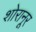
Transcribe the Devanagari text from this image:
शोरानूर